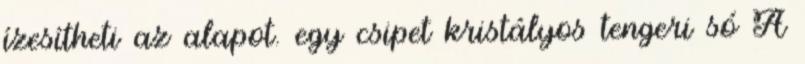
ízesítheti az alapot. egy csipet kristályos tengeri só A